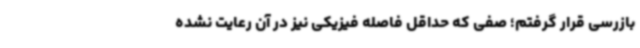
بازرسی قرار گرفتم؛ صفی که حداقل فاصله فیزیکی نیز در آن رعایت نشده